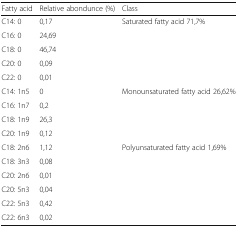
<table><thead><tr><td><b>Fatty acid</b></td><td><b>Relative abondunce (%)</b></td><td><b>Class</b></td></tr></thead><tbody><tr><td>C14: 0</td><td>0,17</td><td rowspan="5">Saturated fatty acid 71,7%</td></tr><tr><td>C16: 0</td><td>24,69</td></tr><tr><td>C18: 0</td><td>46,74</td></tr><tr><td>C20: 0</td><td>0,09</td></tr><tr><td>C22: 0</td><td>0,01</td></tr><tr><td>C14: 1n5</td><td>0</td><td rowspan="4">Monounsaturated fatty acid 26,62%</td></tr><tr><td>C16: 1n7</td><td>0,2</td></tr><tr><td>C18: 1n9</td><td>26,3</td></tr><tr><td>C20: 1n9</td><td>0,12</td></tr><tr><td>C18: 2n6</td><td>1,12</td><td rowspan="6">Polyunsaturated fatty acid 1,69%</td></tr><tr><td>C18: 3n3</td><td>0,08</td></tr><tr><td>C20: 2n6</td><td>0,01</td></tr><tr><td>C20: 5n3</td><td>0,04</td></tr><tr><td>C22: 5n3</td><td>0,42</td></tr><tr><td>C22: 6n3</td><td>0,02</td></tr></tbody></table>